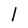
Character: l